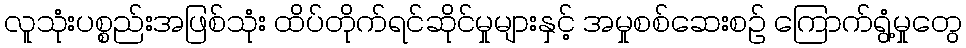
လူသုံးပစ္စည်းအဖြစ်သုံး ထိပ်တိုက်ရင်ဆိုင်မှုများနှင့် အမှုစစ်ဆေးစဉ် ကြောက်ရွံ့မှုတွေ